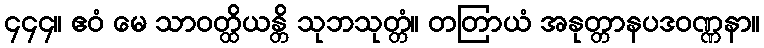
၄၄၄။ ဧဝံ မေ သာဝတ္ထိယန္တိ သုဘသုတ္တံ။ တတြာယံ အနုတ္တာနပဒဝဏ္ဏနာ။